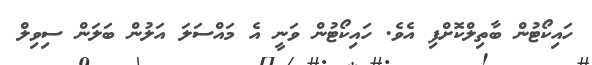
ހައިކޯޓުން ބާތިލްކޮށްފި އެވެ. ހައިކޯޓުން ވަނީ އެ މައްސަލަ އަލުން ބަލަން ސިވިލް